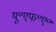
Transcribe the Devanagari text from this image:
यू॰एफ॰ए॰